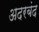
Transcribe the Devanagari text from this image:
अदरबंद